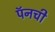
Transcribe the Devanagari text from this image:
पॅनची